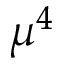
\mu ^ { 4 }